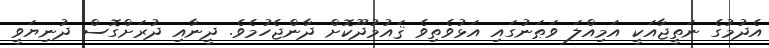
އެދުމުގެ ނަތީޖާއަކީ އަމިއްލަ ވަޠަނުގައި އަޅުވެތިވެ ޤައުމުދޫކޮށް ދާންޖެހުމެވެ. ދީނާއި ދުރަށްގޮސް ދުނިޔަވީ